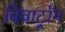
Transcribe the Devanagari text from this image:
बिवाट्रॉन